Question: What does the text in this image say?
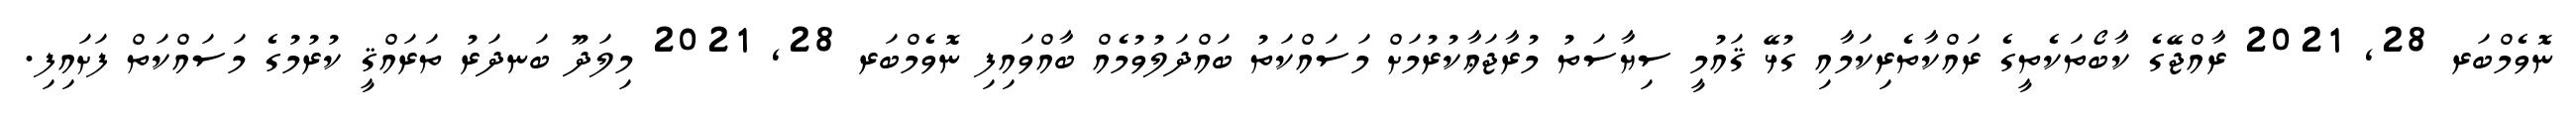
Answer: ނޮވެމްބަރ 28, 2021 ރާއްޖޭގެ ކާބޯތަކެތީގެ ރައްކާތެރިކަމާއި ގުޅޭ ޤައުމީ ސިޔާސަތު މުރާޖަޢާކުރުމަށް މަސައްކަތު ބައްދަލުވުމެއް ބާއްވައިފި ނޮވެމްބަރ 28, 2021 މިލަދޫ ބަނދަރު ތަރައްޤީ ކުރުމުގެ މަސައްކަތް ފަށައިފި.